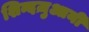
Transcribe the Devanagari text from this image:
शिन्दज़ुआनी